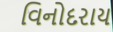
વિનોદરાય